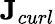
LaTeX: \textbf{J}_{curl}